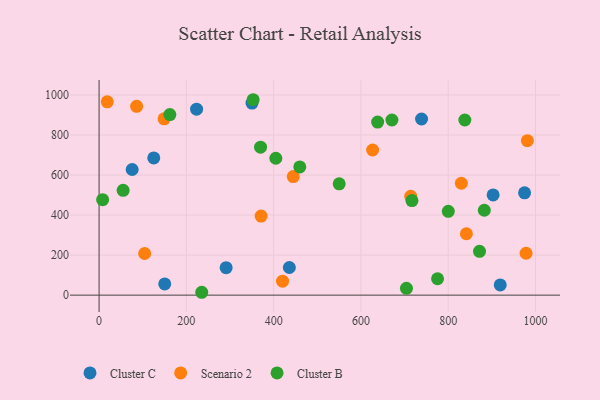
{"axis": {"x": "Distance", "y": "Profit"}, "legend": ["Cluster B", "Cluster C", "Scenario 2"], "data": [{"x": "919.2", "y": 51.2, "type": "Cluster C"}, {"x": "738.9", "y": 880.1, "type": "Cluster C"}, {"x": "436.0", "y": 138.0, "type": "Cluster C"}, {"x": "75.8", "y": 627.7, "type": "Cluster C"}, {"x": "902.9", "y": 500.8, "type": "Cluster C"}, {"x": "350.4", "y": 959.5, "type": "Cluster C"}, {"x": "975.0", "y": 511.0, "type": "Cluster C"}, {"x": "291.1", "y": 137.0, "type": "Cluster C"}, {"x": "223.4", "y": 929.3, "type": "Cluster C"}, {"x": "150.4", "y": 56.0, "type": "Cluster C"}, {"x": "125.3", "y": 685.6, "type": "Cluster C"}, {"x": "104.4", "y": 208.1, "type": "Scenario 2"}, {"x": "978.4", "y": 209.3, "type": "Scenario 2"}, {"x": "981.4", "y": 771.7, "type": "Scenario 2"}, {"x": "830.1", "y": 558.9, "type": "Scenario 2"}, {"x": "444.9", "y": 592.2, "type": "Scenario 2"}, {"x": "148.9", "y": 881.0, "type": "Scenario 2"}, {"x": "714.1", "y": 493.5, "type": "Scenario 2"}, {"x": "371.3", "y": 394.8, "type": "Scenario 2"}, {"x": "420.4", "y": 70.0, "type": "Scenario 2"}, {"x": "86.0", "y": 943.2, "type": "Scenario 2"}, {"x": "841.6", "y": 306.8, "type": "Scenario 2"}, {"x": "18.7", "y": 965.7, "type": "Scenario 2"}, {"x": "626.8", "y": 725.1, "type": "Scenario 2"}, {"x": "838.1", "y": 874.9, "type": "Cluster B"}, {"x": "235.2", "y": 14.3, "type": "Cluster B"}, {"x": "775.6", "y": 81.9, "type": "Cluster B"}, {"x": "405.0", "y": 683.8, "type": "Cluster B"}, {"x": "882.7", "y": 424.2, "type": "Cluster B"}, {"x": "638.3", "y": 864.6, "type": "Cluster B"}, {"x": "871.7", "y": 218.9, "type": "Cluster B"}, {"x": "8.1", "y": 477.0, "type": "Cluster B"}, {"x": "716.9", "y": 472.5, "type": "Cluster B"}, {"x": "353.0", "y": 976.3, "type": "Cluster B"}, {"x": "704.3", "y": 34.2, "type": "Cluster B"}, {"x": "55.1", "y": 523.9, "type": "Cluster B"}, {"x": "800.2", "y": 418.5, "type": "Cluster B"}, {"x": "370.0", "y": 739.1, "type": "Cluster B"}, {"x": "550.2", "y": 556.0, "type": "Cluster B"}, {"x": "162.2", "y": 902.1, "type": "Cluster B"}, {"x": "671.0", "y": 875.1, "type": "Cluster B"}, {"x": "459.9", "y": 640.8, "type": "Cluster B"}]}